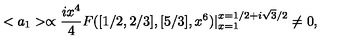
< a _ { 1 } > \propto \frac { i x ^ { 4 } } { 4 } F ( [ 1 / 2 , 2 / 3 ] , [ 5 / 3 ] , x ^ { 6 } ) | _ { x = 1 } ^ { x = 1 / 2 + i \sqrt { 3 } / 2 } \neq 0 ,